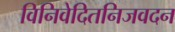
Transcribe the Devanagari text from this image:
विनिवेदितनिजवदन